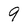
Character: 9